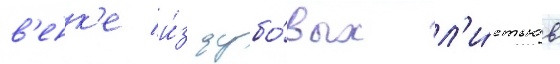
в'енк'е и́з дубо́вых л'и́стьев